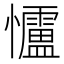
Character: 𪭃